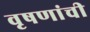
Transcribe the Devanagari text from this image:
वृषणांची